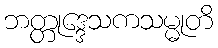
ဘတ္တုဒ္ဒေသကသမ္မုတိ